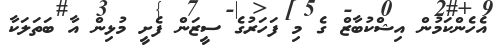
އެހެންކަމުން އިޝްކުބާޒް ގެ މި ފަހަރުގެ ސީޒަން ފެށީ މުޅިން އާ ބަތަލަކާ